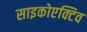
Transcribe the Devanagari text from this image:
साइकोएक्टिव